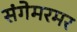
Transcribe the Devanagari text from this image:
संगेमरमर